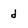
Character: d